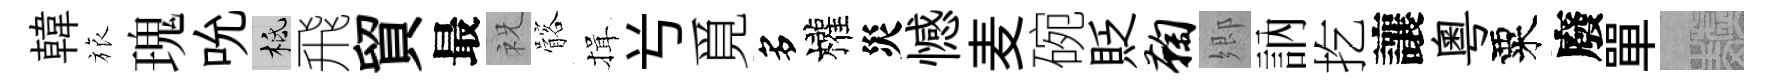
韓旅瑰吮柢飛貿最祝髂揖𠔃覓多權災憾麦碗貶鞠郷訥扢讓粵粟廢單熙